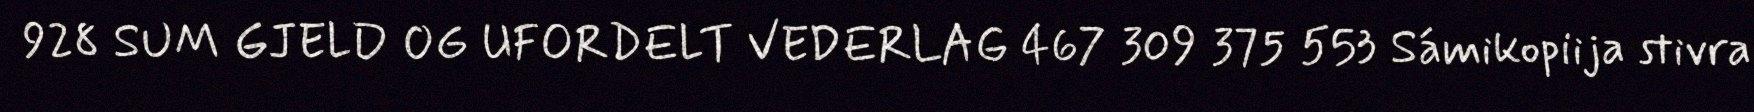
928 SUM GJELD OG UFORDELT VEDERLAG 467 309 375 553 Sámikopiija stivra